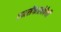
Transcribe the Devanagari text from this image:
एनसेफालोपेथी